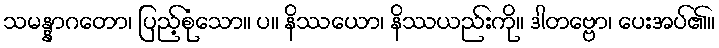
သမန္နာဂတော၊ ပြည့်စုံသော။ ပ။ နိဿယော၊ နိဿယည်းကို။ ဒါတဗ္ဗော၊ ပေးအပ်၏။